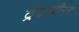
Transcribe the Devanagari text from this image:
ट्रेंटब्रीज